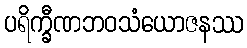
ပရိက္ခီဏဘဝသံယောဇနဿ